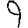
Digit: 9